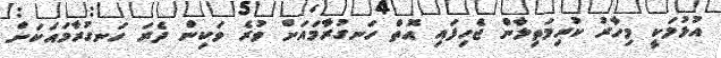
އުޅުމަކީ މިހާރު ކުރިމަތިލާން ޖެހިފައި އޮތް ހަނގުރާމައަށް ވުރެ ވަކިން ދެރަ ހަނގުރާމައަކަށް